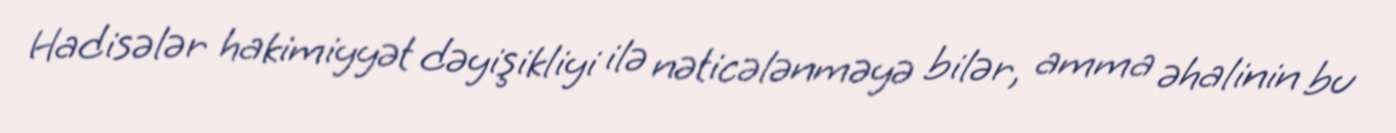
Hadisələr hakimiyyət dəyişikliyi ilə nəticələnməyə bilər, amma əhalinin bu